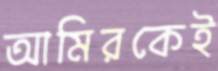
আমিরকেই